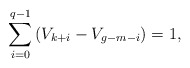
\begin{align*}\sum_{i=0}^{q-1} \left(V_{k+i}-V_{g-m-i} \right) = 1,\end{align*}